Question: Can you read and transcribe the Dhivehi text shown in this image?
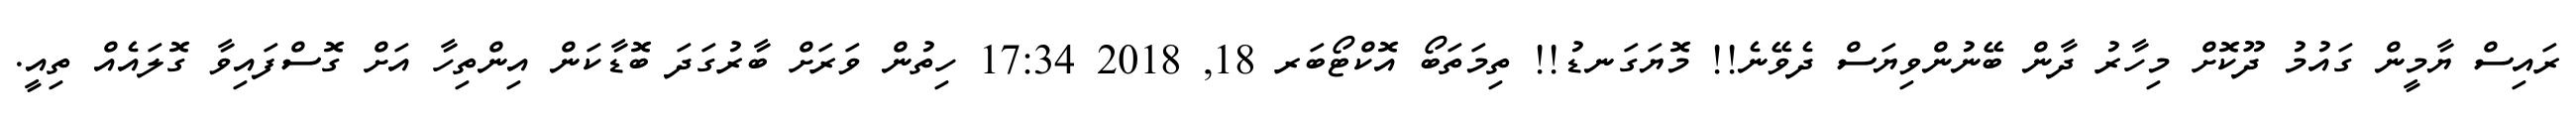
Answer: ރައިސް ޔާމީން ގައުމު ދޫކޮށް މިހާރު ދާން ބޭނުންވިޔަސް ދެވޭނެ!! މޮޔަގަނޑު!! ތިމަތަބޯ އޮކްޓޯބަރ 18, 2018 17:34 ހިތުން ވަރަށް ބާރުގަދަ ބޮޑާކަން އިންތިހާ އަށް ގޮސްފައިވާ ގޮލައެއް ތިއީ.